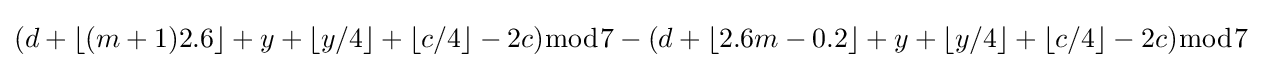
(d+\lfloor (m+1)2.6\rfloor +y+\lfloor y/4\rfloor +\lfloor c/4\rfloor -2c){\bmod {7}}-(d+\lfloor 2.6m-0.2\rfloor +y+\lfloor y/4\rfloor +\lfloor c/4\rfloor -2c){\bmod {7}}